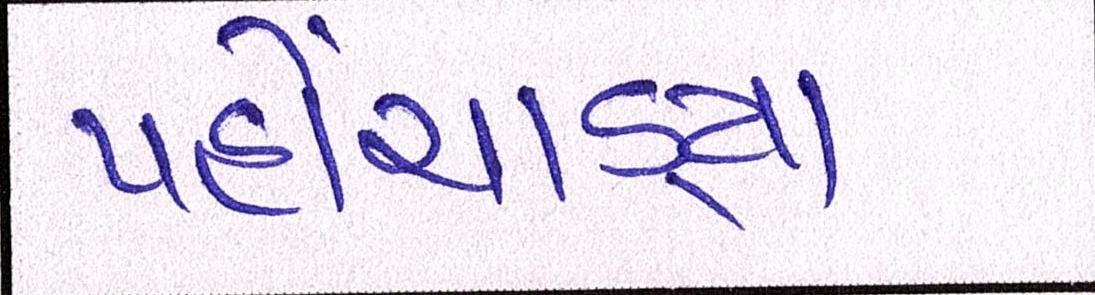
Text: પહોંચાડ્યા